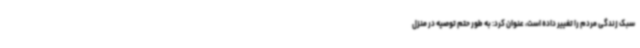
سبک زندگی مردم را تغییر داده است، عنوان کرد: به طور حتم توصیه در منزل